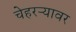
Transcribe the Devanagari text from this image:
चेहरऱ्यावर